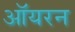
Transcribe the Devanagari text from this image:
ऑयरन